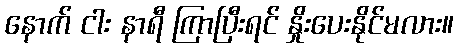
နောက် ငါး နာရီ ကြာပြီးရင် နှိုးပေးနိုင်မလား။